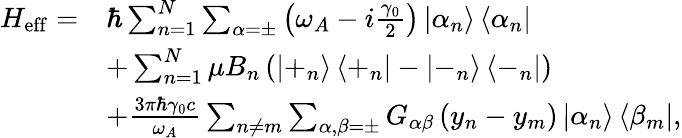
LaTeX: \begin{array}{rl}{H_{\mathrm{eff}}=}&{\hbar\sum_{n=1}^{N}\sum_{\alpha=\pm}\left(\omega_{A}-i\frac{\gamma_{0}}{2}\right)\left|\alpha_{n}\right\rangle\left\langle\alpha_{n}\right|}\\ &{+\sum_{n=1}^{N}\mu B_{n}\left(\left|+_{n}\right\rangle\left\langle+_{n}\right|-\left|-_{n}\right\rangle\left\langle-_{n}\right|\right)}\\ &{+\frac{3\pi\hbar\gamma_{0}c}{\omega_{A}}\sum_{n\neq m}\sum_{\alpha,\beta=\pm}G_{\alpha\beta}\left(y_{n}-y_{m}\right)\left|\alpha_{n}\right\rangle\left\langle\beta_{m}\right|,}\end{array}